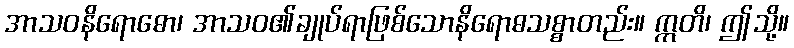
အာသဝနိရောဓော၊ အာသဝ၏ချုပ်ရာဖြစ်သောနိရောဓသစ္စာတည်း။ ဣတိ၊ ဤသို့။